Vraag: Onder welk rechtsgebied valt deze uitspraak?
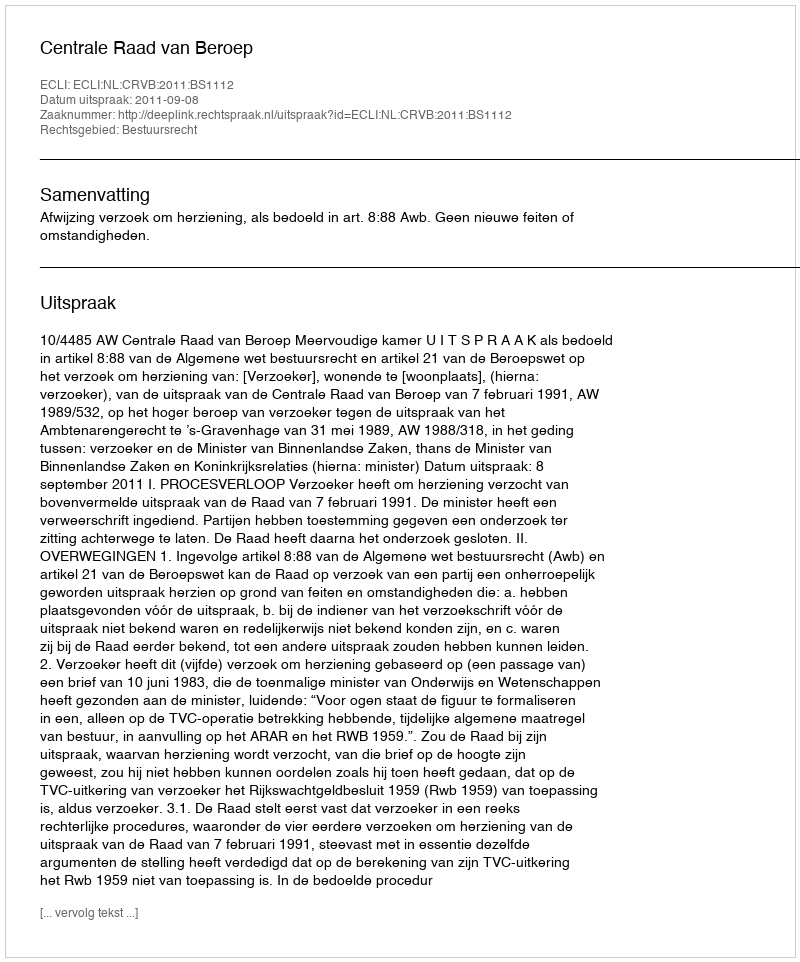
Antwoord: Bestuursrecht